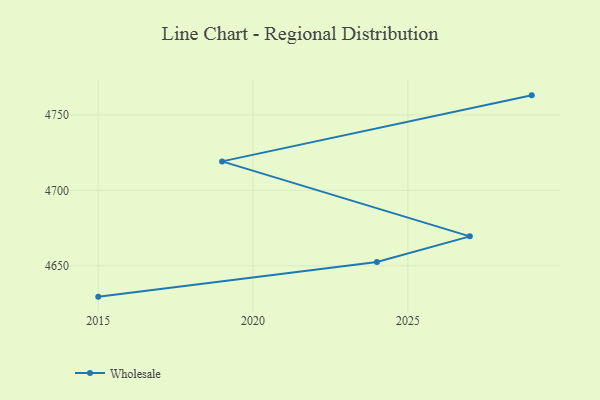
{"axis": {"x": "Year", "y": "Shipments"}, "legend": ["Wholesale"], "data": [{"x": "2029", "y": 4763.0, "type": "Wholesale"}, {"x": "2019", "y": 4719.2, "type": "Wholesale"}, {"x": "2027", "y": 4669.5, "type": "Wholesale"}, {"x": "2024", "y": 4652.5, "type": "Wholesale"}, {"x": "2015", "y": 4629.5, "type": "Wholesale"}]}